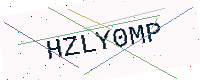
Text: HZLY0MP